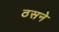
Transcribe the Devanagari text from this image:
ठसने